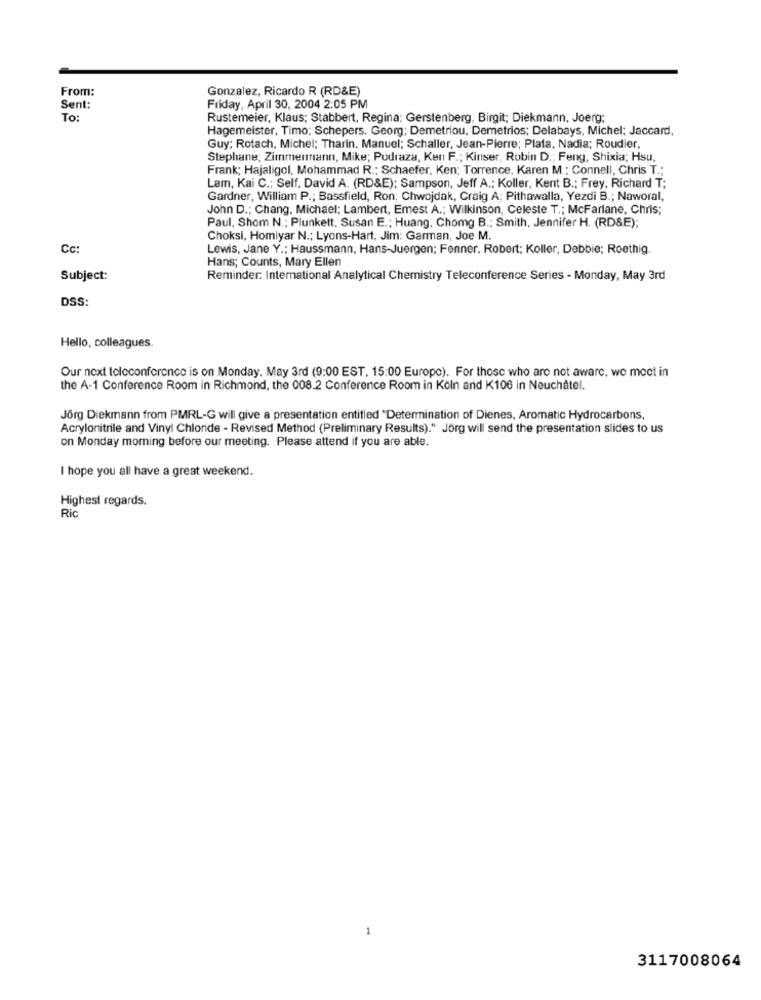
From:
Gonzalez, Ricardo R (RD&E)
Sent:
Friday, April 30, 2004 2:05 PM
To:
Rustemeier, Klaus; Stabbert, Regina; Gerstenberg, Birgit; Diekmann, Joerg;
Hagemeister, Timo; Schepers. Georg; Demetriou, Demetrios; Delabays, Michel; Jaccard,
Guy: Rotach, Michel; Tharin. Manuel; Schaller, Jean-Pierre; Plata, Nadia; Roudier,
Stephane; Zimmermann, Mike; Pudraza, Ken F .; Kinser, Robin D .; Feng, Shixia; Hsu,
Frank; Hajaligol, Mohammad R .: Schaefer, Ken: Torrence. Karen M .; Connell, Chris T .;
Lam, Kai C .; Self, David A. (RD&E); Sampson, Jeff A .; Koller, Kent B .; Frey, Richard T;
Gardner, William P .; Bassfield, Ron; Chwojdak, Craig A; Pithawalla, Yezdi B .; Naworal,
John D .; Chang, Michael; Lambert, Emest A .; Wilkinson, Celeste T .; McFarlane, Chris;
Paul, Shom N .; Plunkett, Susan E .; Huang, Chomg B .: Smith, Jennifer H. (RD&E);
Choksi, Homiyar N .; Lyons-Hart, Jim: Garman, Joe M.
Cc:
Lewis, Jane Y .; Haussmann, Hans-Juergen; Fenner. Robert; Koller, Debbie; Roethig.
Hans; Counts, Mary Ellen
Subject:
Reminder: International Analytical Chemistry Teleconference Series - Monday, May 3rd
DSS:
Hello, colleagues.
Our next teleconference is on Monday, May 3rd (9:00 EST, 15:00 Europe). For those who are not aware, we meet in
the A-1 Conference Room in Richmond, the 008.2 Conference Room in Köln and K106 in Neuchâtel.
Jörg Diekmann from PMRL-G will give a presentation entitled "Determination of Dienes, Aromatic Hydrocarbons,
Acrylonitrile and Vinyl Chloride - Revised Method (Preliminary Results)." Jörg will send the presentation slides to us
on Monday morning before our meeting. Please attend if you are able.
I hope you all have a great weekend.
Highest regards.
Ric
3117008064